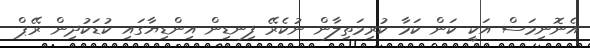
އެނޮނިމަސް އަކީ ކަން ކަމާ ކުރިމަތިލާން ނުކެރޭ ފިނޑިން އިންޑިޔާގައި ކުޑަކުދިން ރޭޕް